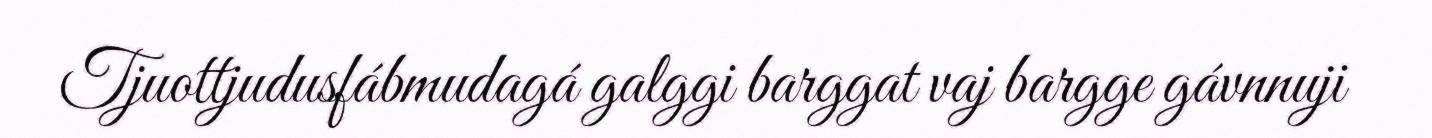
Tjuottjudusfábmudagá galggi barggat vaj bargge gávnnuji